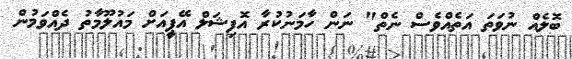
ބޮލެއް ނުވަތަ އަތެއްވެސް ނެތް" ނަން ހާމަނުކުރާ އޮފިޝަލް އޭޕީއަށް މައުލޫމާތު ދެއްވަމުން